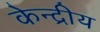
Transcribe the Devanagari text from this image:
केन्‍द्रीय